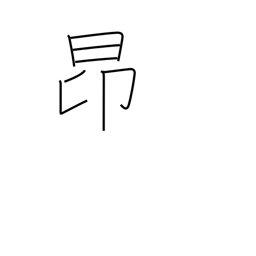
Meaning: rise